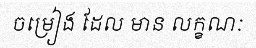
ចម្រៀង ដែល មាន លក្ខណៈ